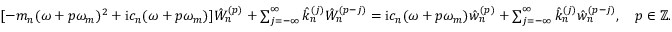
\begin{array} { r } { [ - m _ { n } ( \omega + p \omega _ { m } ) ^ { 2 } + \mathrm { i } c _ { n } ( \omega + p \omega _ { m } ) ] \hat { W } _ { n } ^ { ( p ) } + \sum _ { j = - \infty } ^ { \infty } \hat { k } _ { n } ^ { ( j ) } \hat { W } _ { n } ^ { ( p - j ) } = \mathrm { i } c _ { n } ( \omega + p \omega _ { m } ) \hat { w } _ { n } ^ { ( p ) } + \sum _ { j = - \infty } ^ { \infty } \hat { k } _ { n } ^ { ( j ) } \hat { w } _ { n } ^ { ( p - j ) } , \quad p \in \mathbb { Z } . } \end{array}